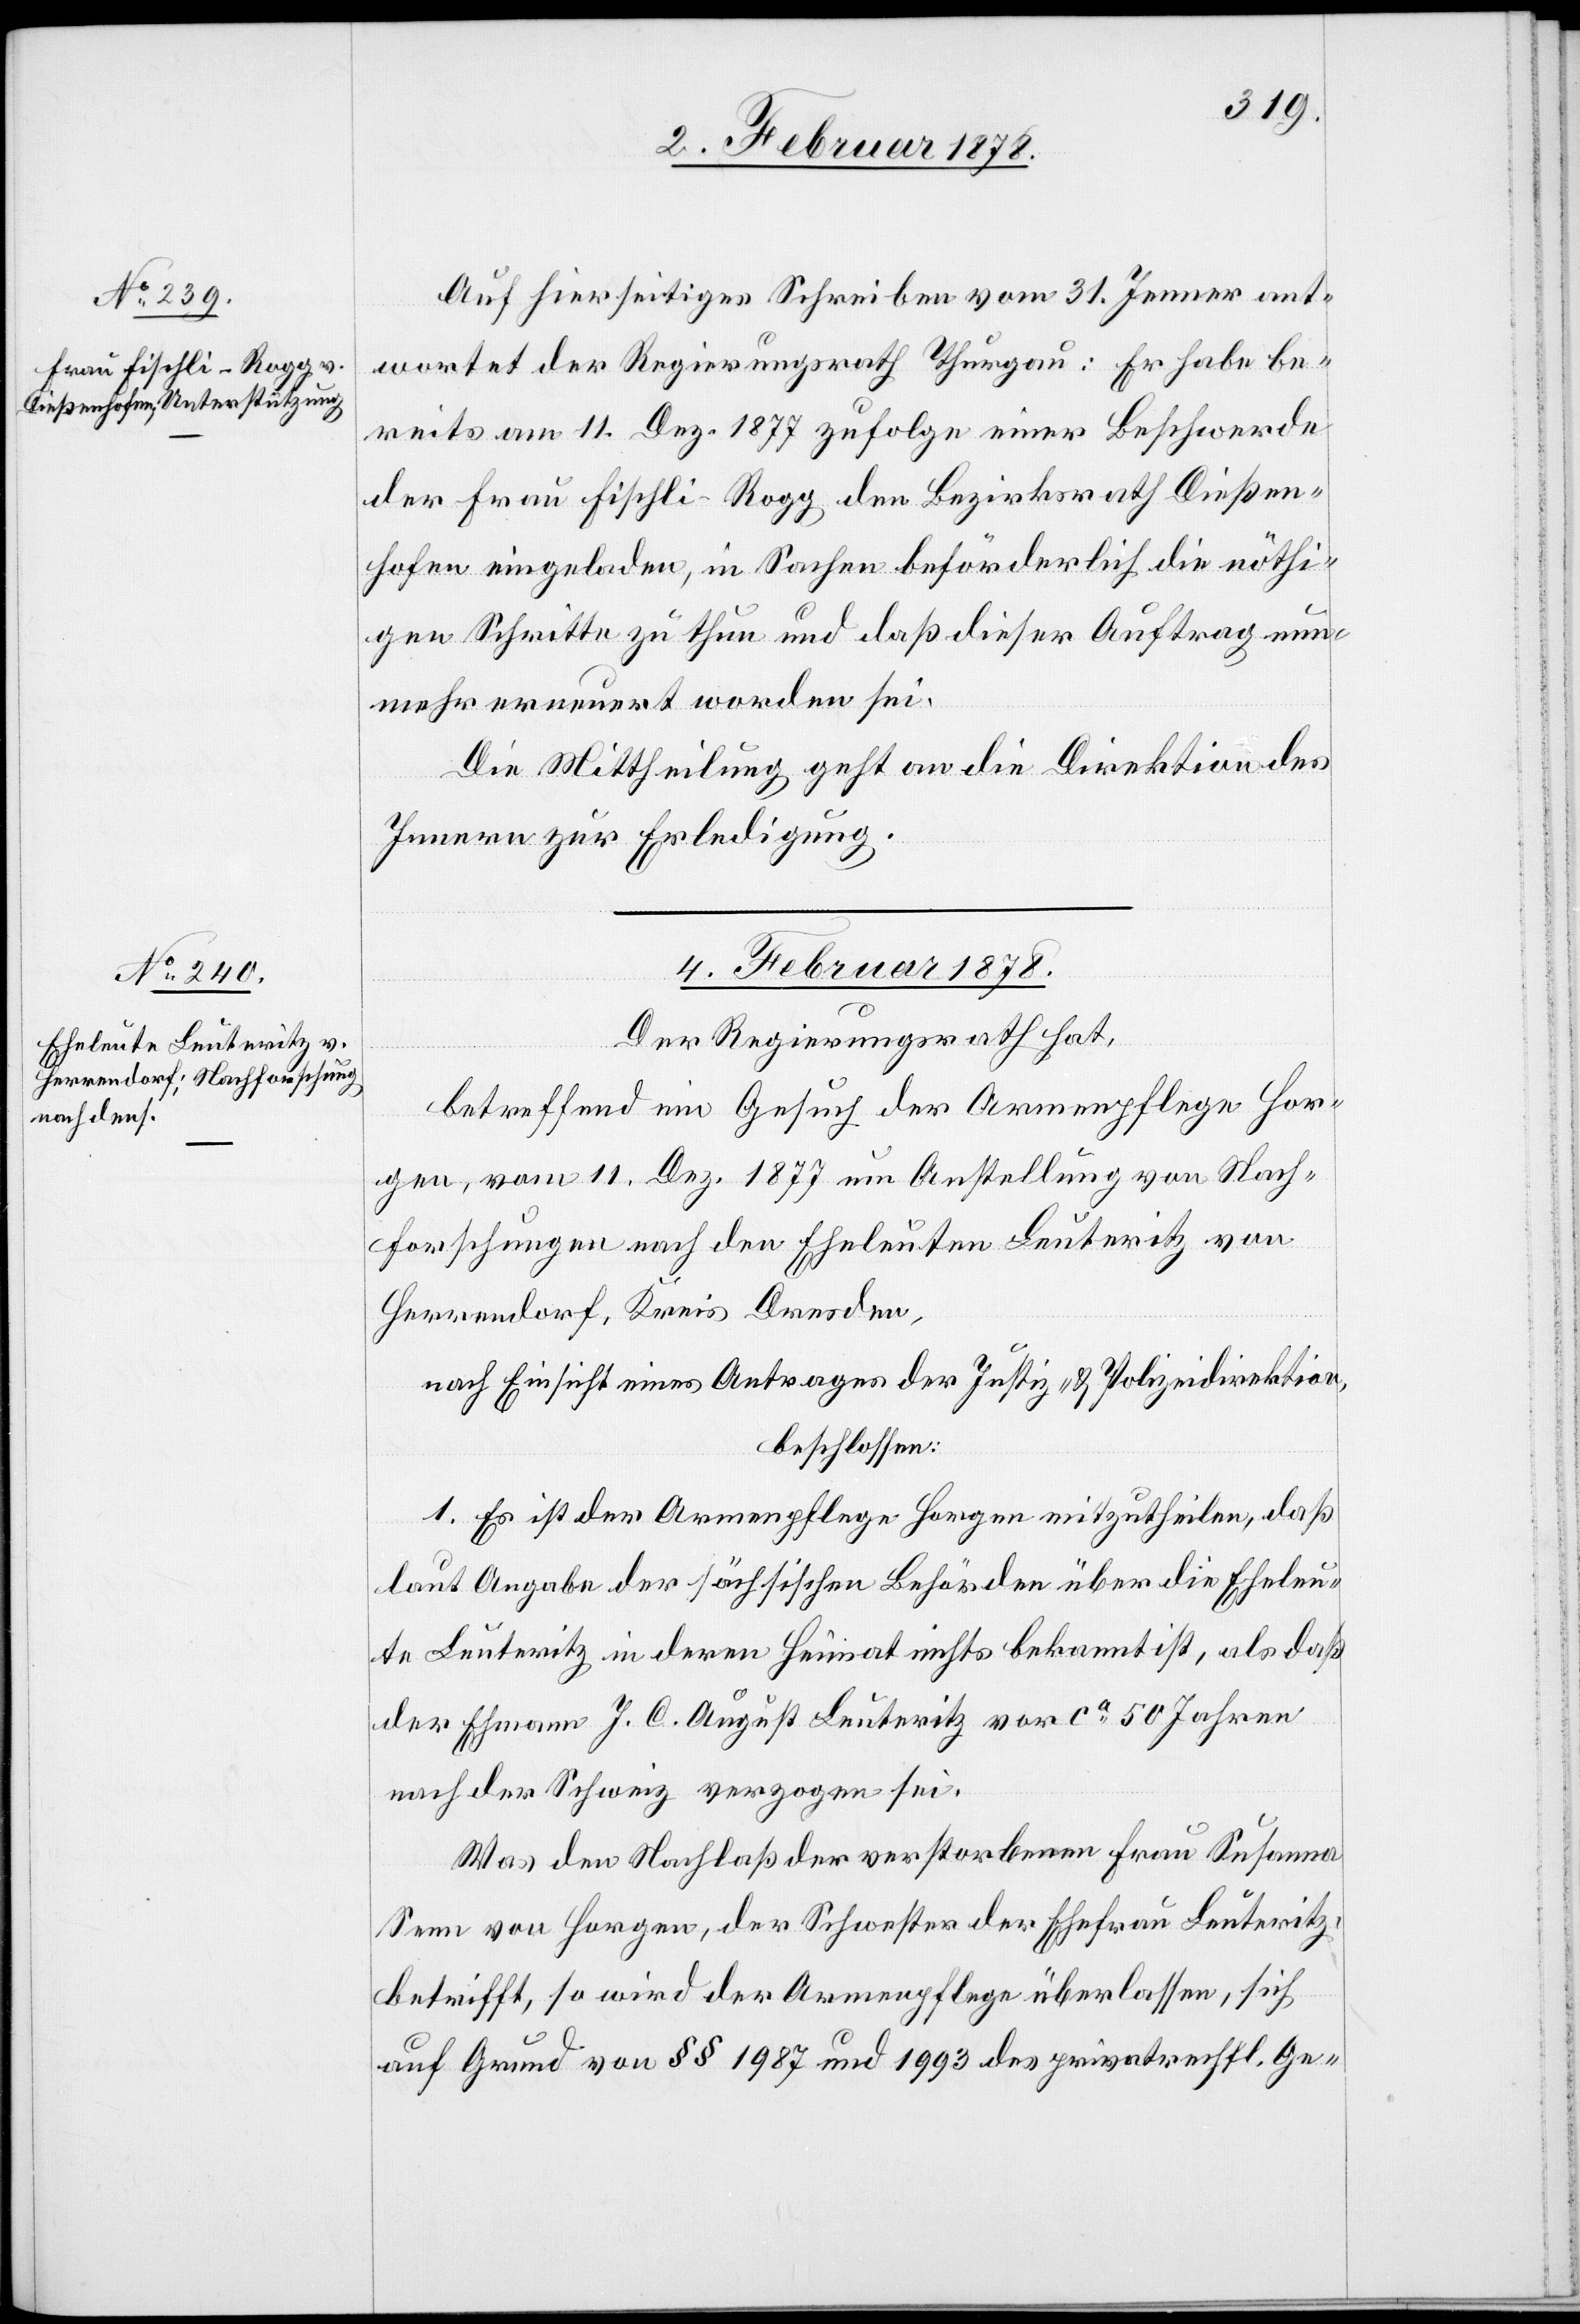
Auf hierseitiges Schreiben vom 31. Jenner ant¬
wortet der Regierungsrath Thurgau: Er habe be¬
reits am 11. Dez. 1877 zufolge einer Beschwerde
der Frau Fischli-Rogg den Bezirksrath Dießen¬
hofen eingeladen, in Sachen beförderlich die nöthi¬
gen Schritte zu thun und daß dieser Auftrag nun¬
mehr erneuert worden sei.
Die Mittheilung geht an die Direktion des
Innern zur Erledigung.
4. Februar 1878.
Der Regierungsrath hat,
betreffend ein Gesuch der Armenpflege Hor¬
gen, vom 11. Dez. 1877 um Anstellung von Nach¬
forschungen nach den Eheleuten Leuteritz von
Herrendorf, Kreis Dresden,
nach Einsicht eines Antrages der Justiz- & Polizeidirektion,
beschlossen:
1. Es ist der Armenpflege Horgen mitzutheilen, daß
laut Angabe der sächsischen Behörden über die Eheleu¬
te Leuteritz in deren Heimat nichts bekannt ist, als daß
der Ehemann J. C. August Leuteritz vor ca. 50 Jahren
nach der Schweiz verzogen sei.
Was den Nachlaß der verstorbenen Frau Susanna
Senn von Horgen, der Schwester der Ehefrau Leuteritz
betrifft, so wird der Armenpflege überlassen, sich
auf Grund von §§ 1987 und 1993 des privatrechtl. Ge-